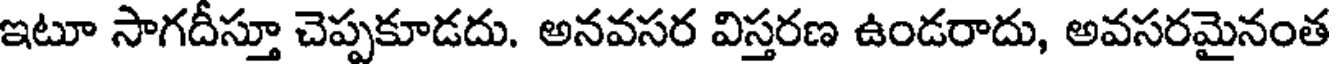
ఇటూ సాగదీస్తూ చెప్పకూడదు. అనవసర విస్తరణ ఉండరాదు, అవసరమైనంత